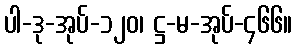
ပါ-ဒု-အုပ်-၁၂၀၊ ဋ္ဌ-မ-အုပ်-၄၆၆။